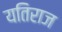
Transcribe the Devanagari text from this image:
यतिराज